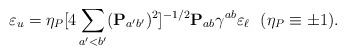
\begin{align*}\varepsilon_u=\eta_P [4\sum_{a'<b'}({\bf P}_{a'b'})^2]^{-1/2}{\bf P}_{ab} \gamma^{ab}\varepsilon_{\ell}\ \ (\eta_{P} \equiv \pm 1).\end{align*}